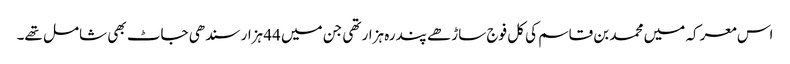
اس معرکہ میں محمد بن قاسم کی کل فوج ساڑھے پندرہ ہزار تھی جن میں 44 ہزار سندھی جاٹ بھی شامل تھے۔